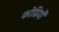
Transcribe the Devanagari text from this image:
कोढियों